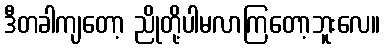
ဒီတခါကျတော့ ညိုတို့ပါမလာကြတော့ဘူးလေ။